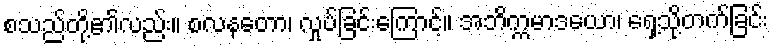
စသည်တို့၏လည်း။ စလနတော၊ လှုပ်ခြင်းကြောင့်။ အဘိက္ကမာဒယော၊ ရှေ့သို့တက်ခြင်း